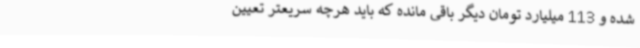
شده و 113 میلیارد تومان دیگر باقی مانده که باید هرچه سریعتر تعیین